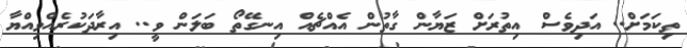
ތިކަމަށް.. އަދިވެސް އިތުރަށް ޒަޔާން ގާތުން އެއްޗެއް އިނގޭތޯ ބަލަން ވީ.. އިރާދަކުރެއްވިއްޔާ